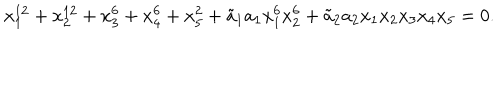
LaTeX: x _ { 1 } ^ { 1 2 } + x _ { 2 } ^ { 1 2 } + x _ { 3 } ^ { 6 } + x _ { 4 } ^ { 6 } + x _ { 5 } ^ { 2 } + { \tilde { a } _ { 1 } } a _ { 1 } x _ { 1 } ^ { 6 } x _ { 2 } ^ { 6 } + { \tilde { a } _ { 2 } } a _ { 2 } x _ { 1 } x _ { 2 } x _ { 3 } x _ { 4 } x _ { 5 } = 0 .